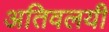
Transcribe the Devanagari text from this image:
अतिवलयी